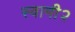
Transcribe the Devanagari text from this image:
स्वामी२